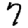
Digit: 7